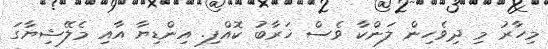
މިހާރު މި ދިވެހިން ލަންކާ ވެސް ޚަރާބު ކޮއްފި. އިންޑިޔާ އާއި މެލޭޝިޔާގަ